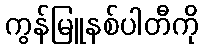
ကွန်မြူနစ်ပါတီကို